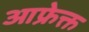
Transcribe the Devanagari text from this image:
आफ्रेक्त